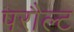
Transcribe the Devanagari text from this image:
परौल्ट